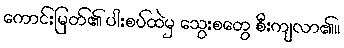
ကောင်းမြတ်၏ ပါးစပ်ထဲမှ သွေးစတွေ စီးကျလာ၏။